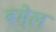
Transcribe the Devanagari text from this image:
बमेल